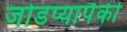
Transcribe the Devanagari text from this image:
जोडप्यापैकी